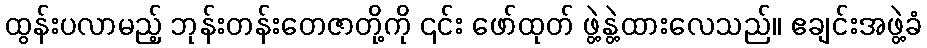
ထွန်းပလာမည့် ဘုန်းတန်းတေဇာတို့ကို ၎င်း ဖော်ထုတ် ဖွဲ့နွဲ့ထားလေသည်။ ဧချင်းအဖွဲ့ခံ